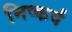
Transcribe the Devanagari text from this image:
निष्कर्षं